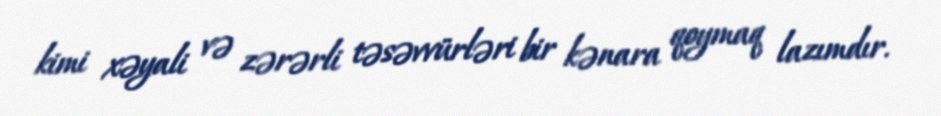
kimi xəyali və zərərli təsəvvürləri bir kənara qoymaq lazımdır.